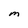
Character: M